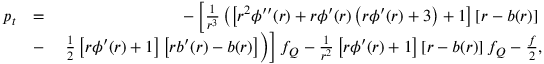
\begin{array} { r l r } { p _ { t } } & { = } & { - \left[ { \frac { 1 } { r ^ { 3 } } } \left( \left[ r ^ { 2 } \phi ^ { \prime \prime } ( r ) + r \phi ^ { \prime } ( r ) \left( r \phi ^ { \prime } ( r ) + 3 \right) + 1 \right] \left[ r - b ( r ) \right] \right. \right. } \\ & { - } & { \left. \left. \frac { 1 } { 2 } \left[ r \phi ^ { \prime } ( r ) + 1 \right] \left[ r b ^ { \prime } ( r ) - b ( r ) \right] \right) \right] f _ { Q } - \frac { 1 } { r ^ { 2 } } \left[ r \phi ^ { \prime } ( r ) + 1 \right] \left[ r - b ( r ) \right] f _ { Q } - \frac { f } { 2 } , } \end{array}